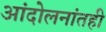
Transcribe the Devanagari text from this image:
आंदोलनांतही